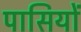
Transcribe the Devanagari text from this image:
पासियों